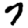
Digit: 7